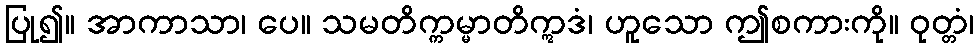
ပြု၍။ အာကာသာ၊ ပေ။ သမတိက္ကမ္မာတိဣဒံ၊ ဟူသော ဤစကားကို။ ဝုတ္တံ၊